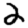
Digit: 2